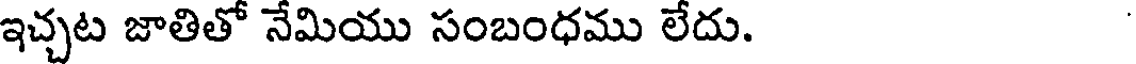
ఇచ్చట జాతితో నేమియు సంబంధము లేదు.